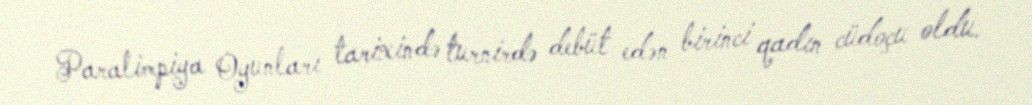
Paralimpiya Oyunları tarixində turnirdə debüt edən birinci qadın cüdoçu oldu.